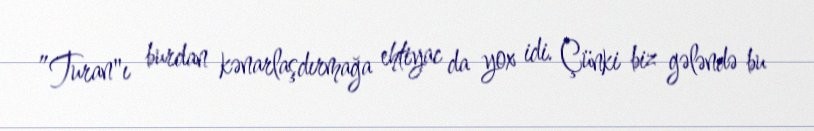
”Turan"ı burdan kənarlaşdırmağa ehtiyac da yox idi. Çünki biz gələndə bu